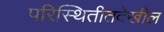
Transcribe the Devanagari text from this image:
परिस्थितीतदेखील